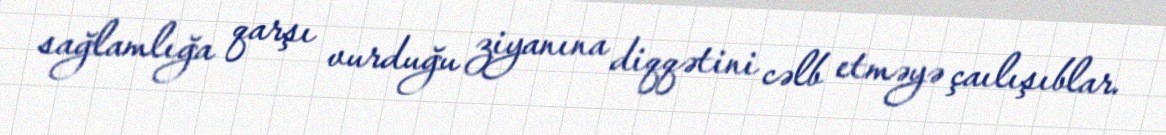
sağlamlığa qarşı vurduğu ziyanına diqqətini cəlb etməyə çaılışıblar.